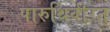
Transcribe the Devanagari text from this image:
पारुथिवीरन